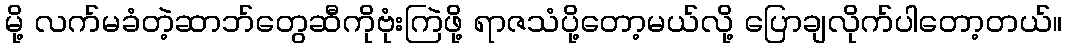
မို့ လက်မခံတဲ့ဆာဘ်တွေဆီကိုဗုံးကြဲဖို့ ရာဇသံပို့တော့မယ်လို့ ပြောချလိုက်ပါတော့တယ်။